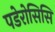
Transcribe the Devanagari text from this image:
पडेरोसिसि